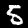
Digit: 5